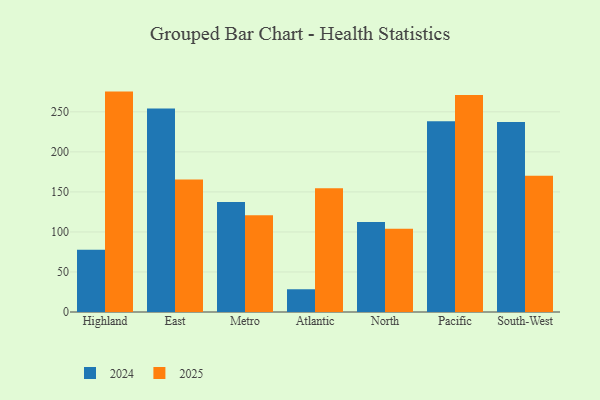
{"axis": {"x": "Region", "y": "Population (Million)"}, "legend": ["2024", "2025"], "data": [{"x": "Highland", "y": 77.9, "type": "2024"}, {"x": "Highland", "y": 275.3, "type": "2025"}, {"x": "East", "y": 254.1, "type": "2024"}, {"x": "East", "y": 165.6, "type": "2025"}, {"x": "Metro", "y": 137.4, "type": "2024"}, {"x": "Metro", "y": 121.0, "type": "2025"}, {"x": "Atlantic", "y": 28.4, "type": "2024"}, {"x": "Atlantic", "y": 154.7, "type": "2025"}, {"x": "North", "y": 112.3, "type": "2024"}, {"x": "North", "y": 104.1, "type": "2025"}, {"x": "Pacific", "y": 238.4, "type": "2024"}, {"x": "Pacific", "y": 270.9, "type": "2025"}, {"x": "South-West", "y": 237.2, "type": "2024"}, {"x": "South-West", "y": 170.3, "type": "2025"}]}